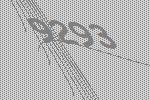
9293